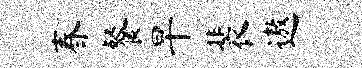
春餐旱裴遨